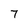
Character: 7